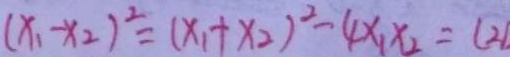
( x _ { 1 } - x _ { 2 } ) ^ { 2 } = ( x _ { 1 } + x _ { 2 } ) ^ { 2 } - 4 x _ { 1 } x _ { 2 } = ( 2 )